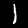
Label: 1